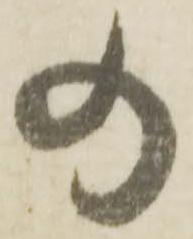
の